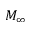
M _ { \infty }